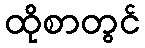
ထိုစာတွင်